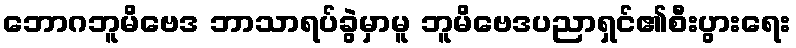
ဘောဂဘူမိဗေဒ ဘာသာရပ်ခွဲမှာမူ ဘူမိဗေဒပညာရှင်၏စီးပွားရေး